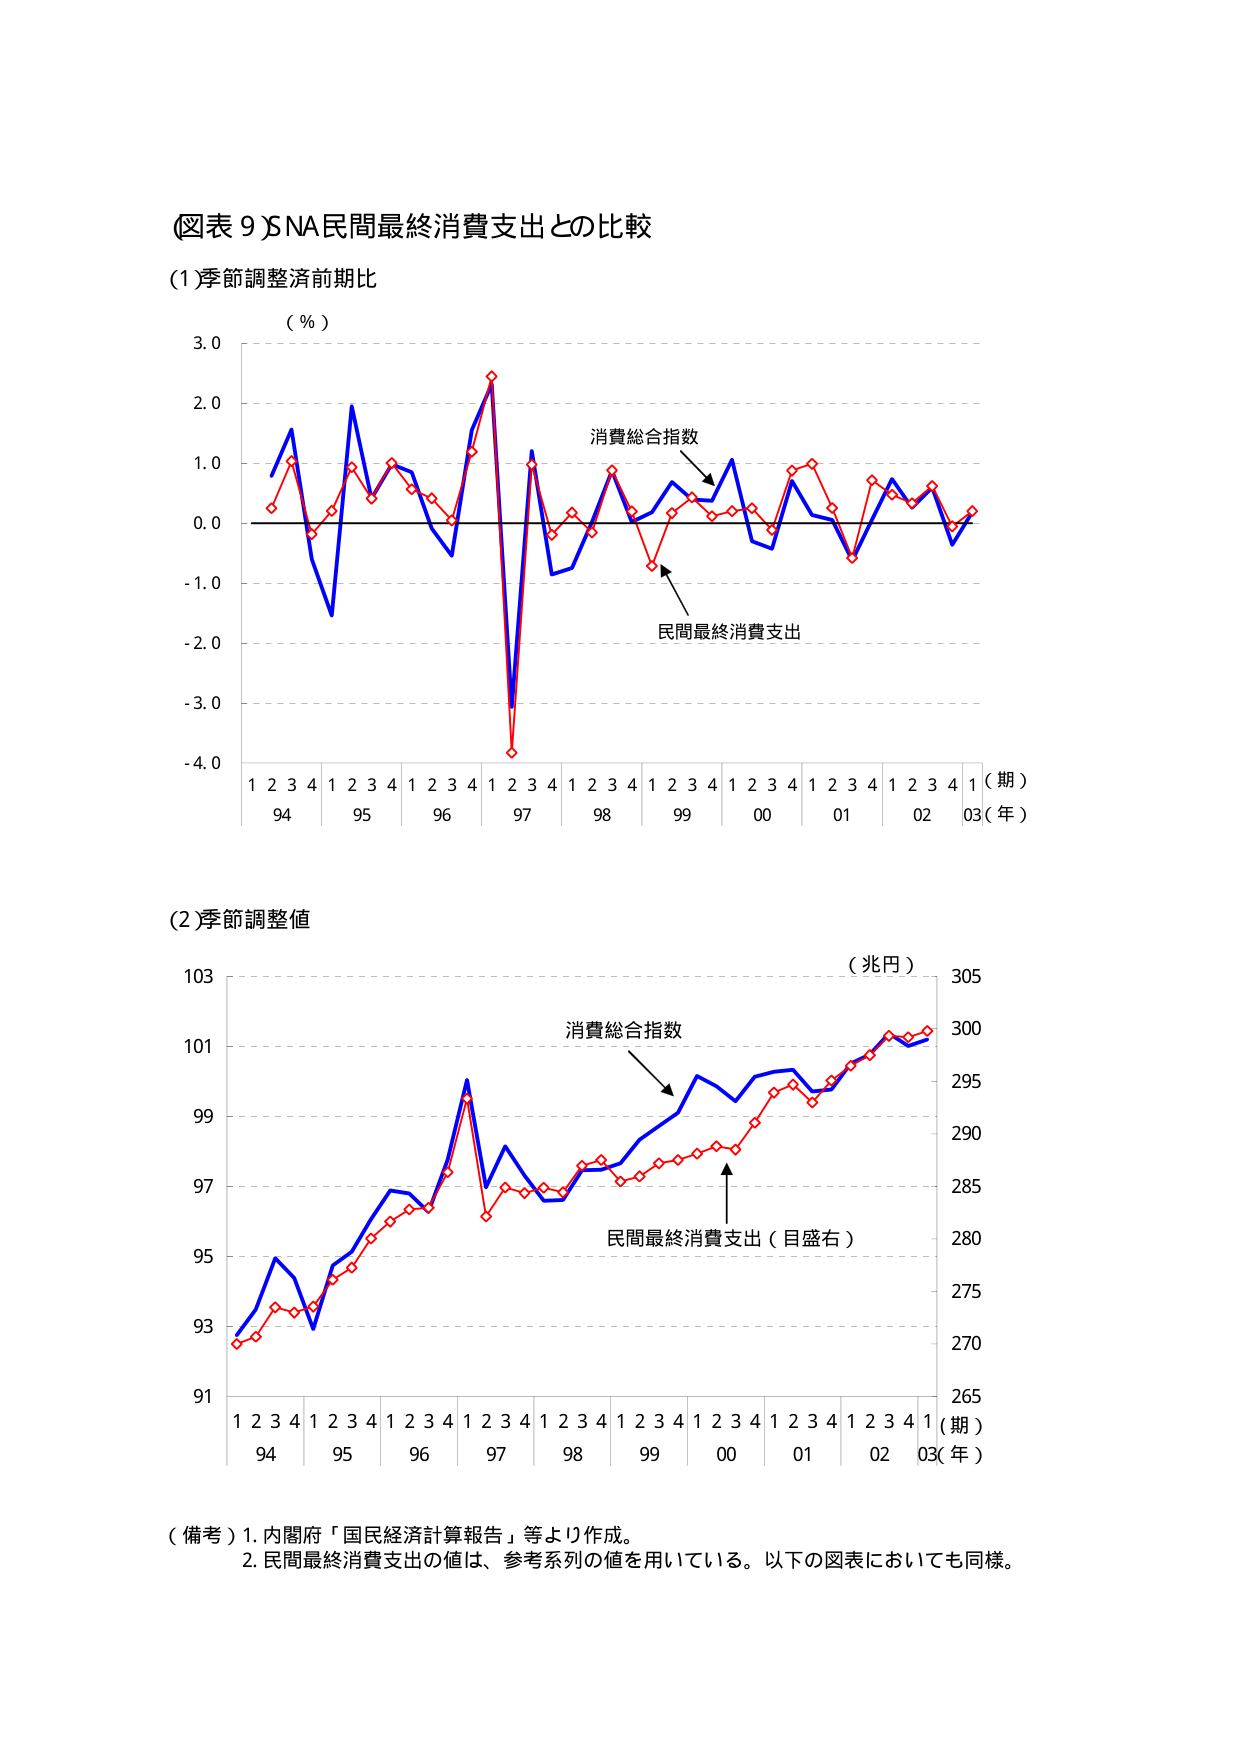
(図表 9) SNA民間最終消費支出との比較

(1) 季節調整済前期比
（％）
3.0
2.0
1.0
0.0
-1.0
-2.0
-3.0
-4.0
消費総合指数
民間最終消費支出
1 2 3 4 1 2 3 4 1 2 3 4 1 2 3 4 1 2 3 4 1 2 3 4 1 2 3 4 1 2 3 4 1（期）
94 95 96 97 98 99 00 01 02 03（年）

(2) 季節調整値
103
101
99
97
95
93
91
消費総合指数
民間最終消費支出（目盛右）
（兆円）
305
300
295
290
285
280
275
270
265
1 2 3 4 1 2 3 4 1 2 3 4 1 2 3 4 1 2 3 4 1 2 3 4 1 2 3 4 1（期）
94 95 96 97 98 99 00 01 02 03（年）

（備考）1. 内閣府「国民経済計算報告」等より作成。
2. 民間最終消費支出の値は、参考系列の値を用いている。以下の図表においても同様。